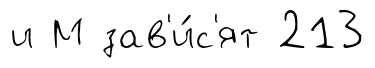
и М зав'и́с'ят 213